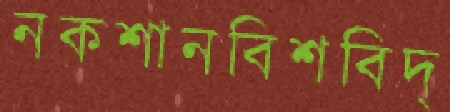
নকশানবিশবিদ্